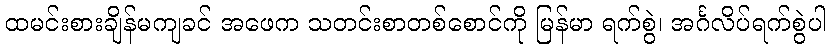
ထမင်းစားချိန်မကျခင် အဖေက သတင်းစာတစ်စောင်ကို မြန်မာ ရက်စွဲ၊ အင်္ဂလိပ်ရက်စွဲပါ